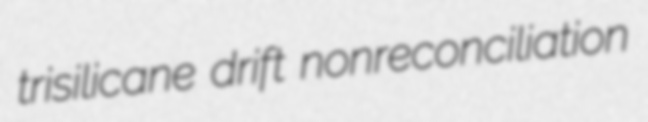
trisilicane drift nonreconciliation